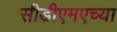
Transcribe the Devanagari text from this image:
सीडीएमएच्या